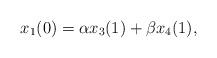
LaTeX: \begin{align*}x_1(0)=\textstyle \alpha x_3(1)+\beta x_4(1),\end{align*}